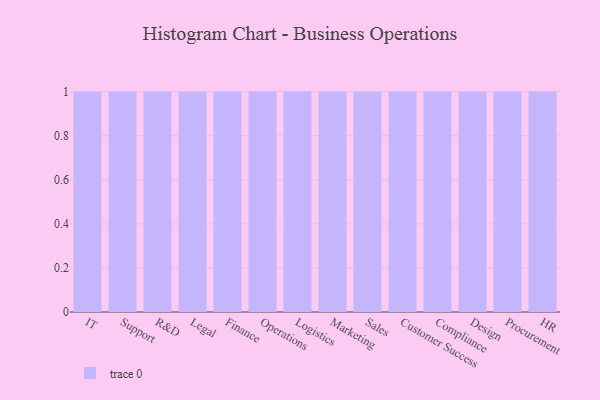
{"axis": {"x": "Department", "y": "Latency (ms)"}, "legend": [""], "data": [{"x": "IT", "y": 47, "type": ""}, {"x": "Support", "y": 38, "type": ""}, {"x": "R&D", "y": 20, "type": ""}, {"x": "Legal", "y": 90, "type": ""}, {"x": "Finance", "y": 29, "type": ""}, {"x": "Operations", "y": 89, "type": ""}, {"x": "Logistics", "y": 69, "type": ""}, {"x": "Marketing", "y": 97, "type": ""}, {"x": "Sales", "y": 89, "type": ""}, {"x": "Customer Success", "y": 6, "type": ""}, {"x": "Compliance", "y": 65, "type": ""}, {"x": "Design", "y": 86, "type": ""}, {"x": "Procurement", "y": 27, "type": ""}, {"x": "HR", "y": 83, "type": ""}]}